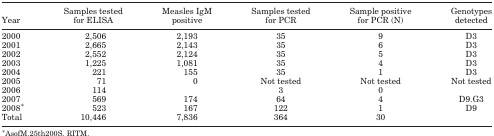
<table><thead><tr><td><b>Year</b></td><td><b>Samples tested for ELISA</b></td><td><b>Measles IgM positive</b></td><td><b>Samples tested for PCR</b></td><td><b>Sample positive for PCR (N)</b></td><td><b>Genotypes detected</b></td></tr></thead><tbody><tr><td>2000</td><td>2,506</td><td>2,193</td><td>35</td><td>9</td><td>D3</td></tr><tr><td>2001</td><td>2,665</td><td>2,143</td><td>35</td><td>6</td><td>D3</td></tr><tr><td>2002</td><td>2,552</td><td>2,124</td><td>35</td><td>5</td><td>D3</td></tr><tr><td>2003</td><td>1,225</td><td>1,081</td><td>35</td><td>4</td><td>D3</td></tr><tr><td>2004</td><td>221</td><td>155</td><td>35</td><td>1</td><td>D3</td></tr><tr><td>2005</td><td>71</td><td>0</td><td>Not tested</td><td>Not tested</td><td>Not tested</td></tr><tr><td>2006</td><td>114</td><td></td><td>3</td><td>0</td><td></td></tr><tr><td>2007</td><td>569</td><td>174</td><td>64</td><td>4</td><td>D9.G3</td></tr><tr><td>2008*</td><td>523</td><td>167</td><td>122</td><td>1</td><td>D9</td></tr><tr><td>Total</td><td>10,446</td><td>7,836</td><td>364</td><td>30</td><td></td></tr></tbody></table>